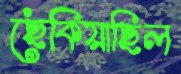
ছেঁকিয়াছিল